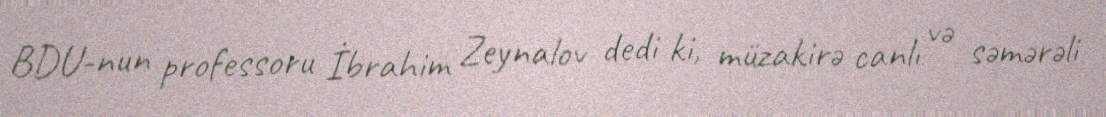
BDU-nun professoru İbrahim Zeynalov dedi ki, müzakirə canlı və səmərəli